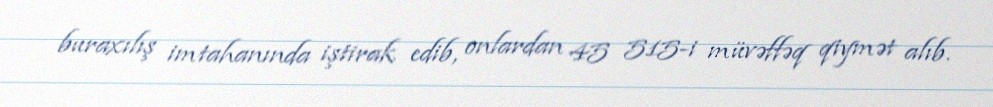
buraxılış imtahanında iştirak edib, onlardan 45 515-i müvəffəq qiymət alıb.